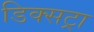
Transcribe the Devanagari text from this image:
डिक्सट्रा